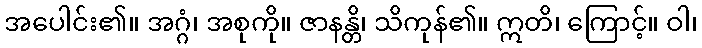
အပေါင်း၏။ အဂ္ဂံ၊ အစုကို။ ဇာနန္တိ၊ သိကုန်၏။ ဣတိ၊ ကြောင့်။ ဝါ၊